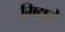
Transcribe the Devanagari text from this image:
मिद्यते